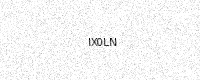
Text: IX0LN